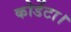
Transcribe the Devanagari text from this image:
कोर्डेटा।